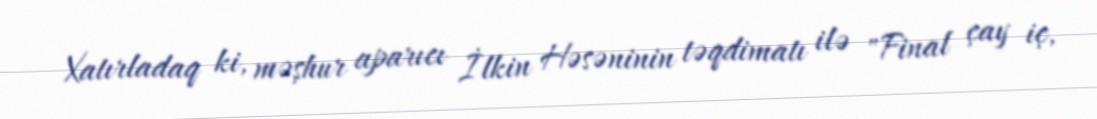
Xatırladaq ki, məşhur aparıcı İlkin Həsəninin təqdimatı ilə "Final çay iç,